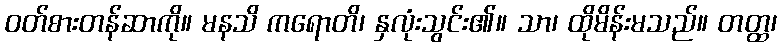
ဝတ်စားတန်ဆာကို။ မနသိ ကရောတိ၊ နှလုံးသွင်း၏။ သာ၊ ထိုမိန်းမသည်။ တတ္ထ၊